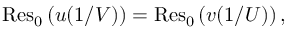
\operatorname { R e s } _ { 0 } \left( u ( 1 / V ) \right) = \operatorname { R e s } _ { 0 } \left( v ( 1 / U ) \right) ,